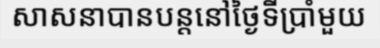
សាសនាបានបន្តនៅថ្ងៃទីប្រាំមួយ